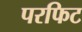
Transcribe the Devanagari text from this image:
परफिट